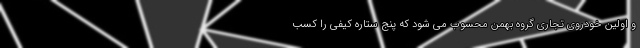
و اولین خودروی تجاری گروه بهمن محسوب می شود که پنج ستاره کیفی را کسب